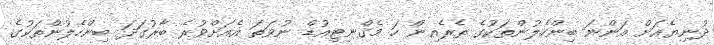
ދުނިޔެއަށް އަންނަ ބިންހެލުންތަކުގެ ތެރެއިން ހަ މެގްނިޓިއުޑް ނުވަތަ އެއަށްވުރެ ބާރުގަދަ ބިންހެލުންތަކުގެ